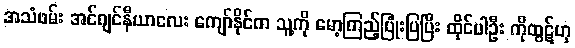
အသံဖမ်း အင်ဂျင်နီယာလေး ကျော်နိုင်က သူ့ကို မော့ကြည့်ပြုံးပြပြီး ထိုင်ပါဦး ကိုထွဋ်ဟု